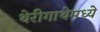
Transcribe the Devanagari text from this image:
थेरीगाथेमध्ये